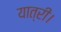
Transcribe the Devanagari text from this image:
यात्री।